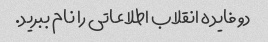
دو فایده انقلاب اطلاعاتی را نام ببرید.